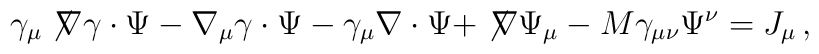
\gamma_\mu \not\! \nabla \gamma\cdot \Psi - \nabla_\mu \gamma\cdot \Psi - \gamma_\mu \nabla \cdot \Psi  + \not\! \nabla \Psi_\mu - M \gamma_{\mu\nu}  \Psi^\nu = J_\mu\,,